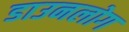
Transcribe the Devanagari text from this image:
डाउनलोग